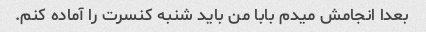
بعدا انجامش میدم بابا من باید شنبه کنسرت را آماده کنم.